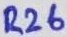
Text: R26